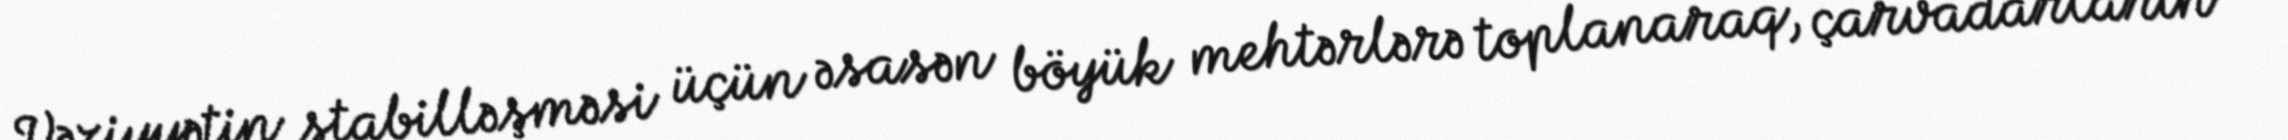
Vəziyyətin stabilləşməsi üçün əsasən böyük mehtərlərə toplanaraq, çarvadarların